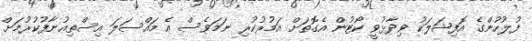
ފުލުހުންގެ އޮފިޝަލަކު ވިދާޅުވީ ކޯޓުން އެގޮތަށް އަމުރުކުރި ނަމަވެސް އެ މައްސަލަ އިސްތިއުނާފުކުރުމަށް